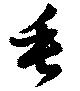
垂